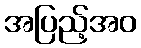
အပြည့်အဝ